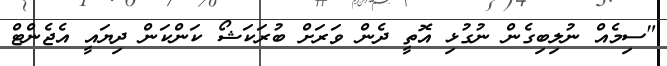
"ސިމެއް ނުލިބިގެން ނުގުޅި އޮތީ ދެން ވަރަށް ބުރަކަޝޯ ކަންކަން ދިޔައީ އެޖެންޓް